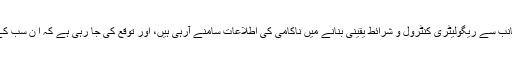
تقریباً 10 وزارتوں کی جانب سے ریگولیٹری کنٹرول و شرائط یقینی بنانے میں ناکامی کی اطلاعات سامنے آرہی ہیں، اور توقع کی جا رہی ہے کہ ا ن سب کے خلاف تحقیقات ہوں گی۔